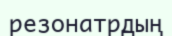
резонатрдың